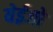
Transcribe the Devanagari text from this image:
येईजो